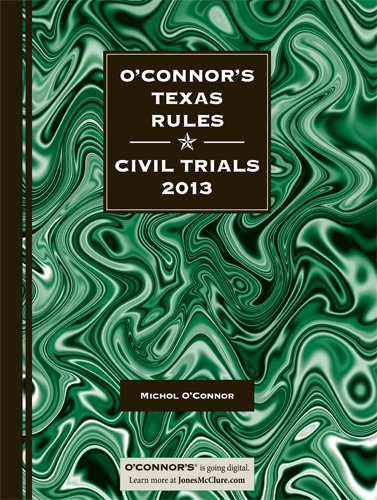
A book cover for O'Connor's Texas Rules * Civil Trials 2013; Michol O'Connor; Law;